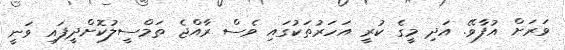
ވަރަށް އުފާވޭ. އަދި މީގެ ކުރީ އަހަރުތަކުގައި ވެސް ރާއްޖެ ތަމްސީލުކޮށްދީފައި ވަނީ